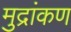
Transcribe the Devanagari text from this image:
मुद्रांकण